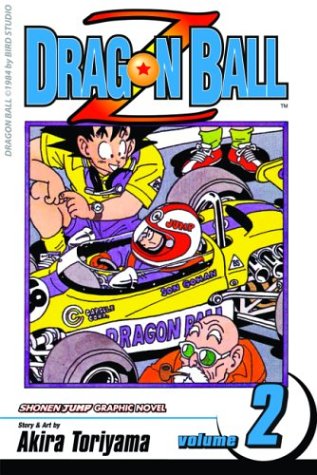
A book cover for Dragon Ball Z, Vol. 2; Akira Toriyama; Children's Books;